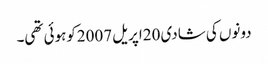
دونوں کی شادی 20اپریل 2007کوہوئی تھی۔